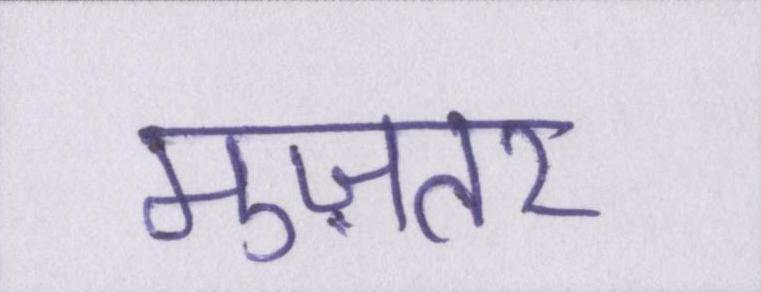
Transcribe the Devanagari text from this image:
मुज़तर